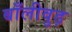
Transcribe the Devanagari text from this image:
बाँलीवुड़